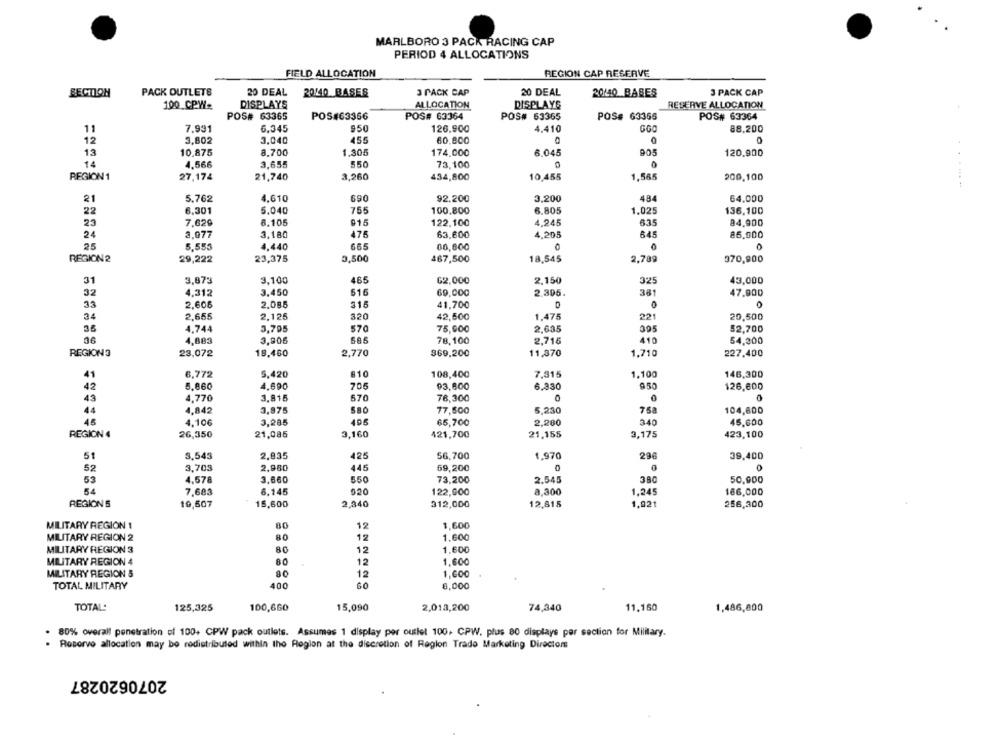
MARLBORO 3 PACK RACING CAP
PERIOD 4 ALLOCATIONS
FIELD ALLOCATION
REGION CAP RESERVE
SECTION
PACK OUTLETS
20 DEAL
20140 BASES
3 PACK CAP
20 DEAL
20/10 BASES
3 PACK CAP
DISPLAYS
ALLOCATION
RESERVE ALLOCATION
100 CPW-
DISPLAYS
POS# 63365
POS#63366
POS# 63364
POS# 63365
POS# 63366
POS# 63364
6.345
950
11
7,931
126,900
4.410
88.200
12
3,802
3.040
455
60,800
13
10.875
8.700
1,305
174,000
6.045
905
120.900
14
4,566
3,655
550
73,100
REGION 1
27,174
21,740
3,260
434,800
10,455
1,565
200,100
21
5.762
4.610
690
92,200
3,200
484
64.000
22
6.301
5.040
755
100,800
6.805
1.025
136,100
23
7,620
6.105
015
122,100
4.245
635
84,900
24
3.977
3.180
475
63,600
4,205
645
86,900
25
665
5.553
4.440
00,600
0
0
REGION2
29,222
23,375
0,500
467,500
18,545
2,709
370,900
31
3,873
3.100
465
62,000
2.150
325
43,000
32
4.312
3.450
516
60,000
2.305.
381
47.900
33
2,606
2.085
315
41,700
0
O
34
2,655
2,125
320
42,500
1.475
221
20,500
3,795
4.744
570
75,900
2.635
395
52,700
36
4,883
3,906
585
78,100
2.716
410
54,300
REGIONS
23,072
18,460
2.770
369,200
11,370
1.710
227,400
41
6,772
5,420
810
108,400
7.315
1.100
146,300
42
5.860
4.690
705
93,600
6.330
950
126,600
43
4,770
3.815
570
78,300
0
0
0
3,875
SBO
758
44
4,842
77,500
5,230
104,600
45
4.106
3,285
496
65,700
2,280
340
45.600
REGION 4
26,350
21,085
3,160
421,700
21,155
3,175
423,100
51
3,543
2,835
425
56,700
1.970
290
39,400
52
3,703
2,980
445
59,200
0
0
0
53
4.578
3,860
550
73,200
2.545
38C
50,900
54
7,603
6.145
920
122,900
8,300
1.245
166,000
REGIONS
10,507
15,600
2,340
312,000
12,815
1,021
256,300
MILITARY REGION 1
80
12
1,600
MILITARY REGION 2
80
12
1,600
MILITARY REGION 3
80
12
1,600
MILITARY REGION 4
80
12
1.600
MILITARY REGION &
80
12
1.600
TOTAL MILITARY
400
8,000
TOTAL:
125,325
100,660
15,090
2,013,200
74,340
11,160
1,486,800
80% overall penetration of 100+ CPW pack outlets. Assumes 1 display por outlet 100. CPW. plus 80 displays per section for Military.
Rocorvo allocation may be rodistributed within the Region at the discretion of Region Trade Marketing Director
2070620287